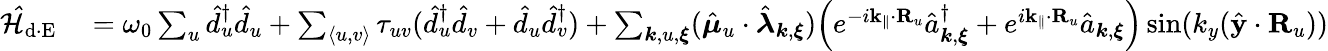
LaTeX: \begin{array}{rl}{\mathcal{\hat{H}}_{\mathrm{d\cdot E}}}&{{}=\omega_{0}\sum_{u}\hat{d}_{u}^{\dagger}\hat{d}_{u}+\sum_{\langle u,v\rangle}\tau_{uv}(\hat{d}_{u}^{\dagger}\hat{d}_{v}+\hat{d}_{u}\hat{d}_{v}^{\dagger})+\sum_{{\boldsymbol k},u,{\boldsymbol\xi}}(\hat{\boldsymbol\mu}_{u}\cdot\hat{\boldsymbol\lambda}_{{\boldsymbol k},{\boldsymbol\xi}})\Big(e^{-i{{\mathbf k_{\parallel}}}\cdot{\mathbf R}_{u}}\hat{a}_{{\boldsymbol k},{\boldsymbol\xi}}^{\dagger}+e^{i{\mathbf k_{\parallel}}\cdot{\mathbf R}_{u}}\hat{a}_{{\boldsymbol k},{\boldsymbol\xi}}\Big)\sin({k_{y}}(\hat{\mathbf y}\cdot{\mathbf R}_{u}))}\end{array}